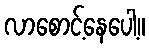
လာစောင့်နေပေါ့။